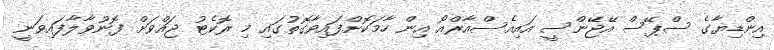
އިންޑިޔާގެ ސްޕޭސް އޭޖޭންސީ އައިއެސްއާރްއޯ އިން ހާމަކޮށްފައިވާގޮތުގައި މި ރޮކެޓު ޖައްވަށް ފޮނުވާލާފައިވަނީ